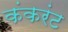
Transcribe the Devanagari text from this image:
कंकरंट